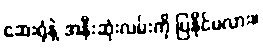
ဆေးရုံနဲ့ အနီးဆုံးလမ်းကို ပြနိုင်မလား။